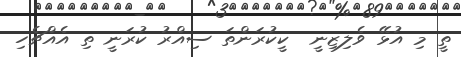
ތީ މި އުޅޭ ވެލިޒިނީ  ކީކުރަންތަ ސިއްރު ކުރަނީ ތި އެއްޗެހި